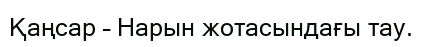
Қаңсар – Нарын жотасындағы тау.